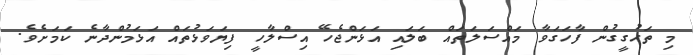
މި ތަހުގީގުން ފާހަގަވާ މައްސަލަތައް ބަލައި އަޅަންޖެހޭ އިސްލާހީ ފިޔަވަޅުތައް އަޅަމުންދާނެ ކަމަށެވެ.